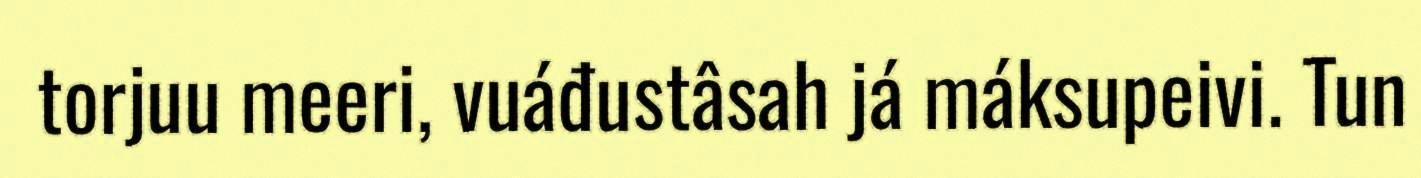
torjuu meeri, vuáđustâsah já máksupeivi. Tun